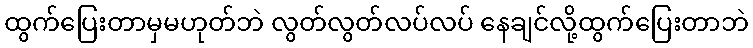
ထွက်ပြေးတာမှမဟုတ်ဘဲ လွတ်လွတ်လပ်လပ် နေချင်လို့ထွက်ပြေးတာဘဲ